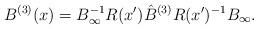
LaTeX: \begin{align*} B^{(3)}(x) = B_{\infty}^{-1} R(x') \hat{B}^{(3)} R(x')^{-1}B_{\infty}.\end{align*}